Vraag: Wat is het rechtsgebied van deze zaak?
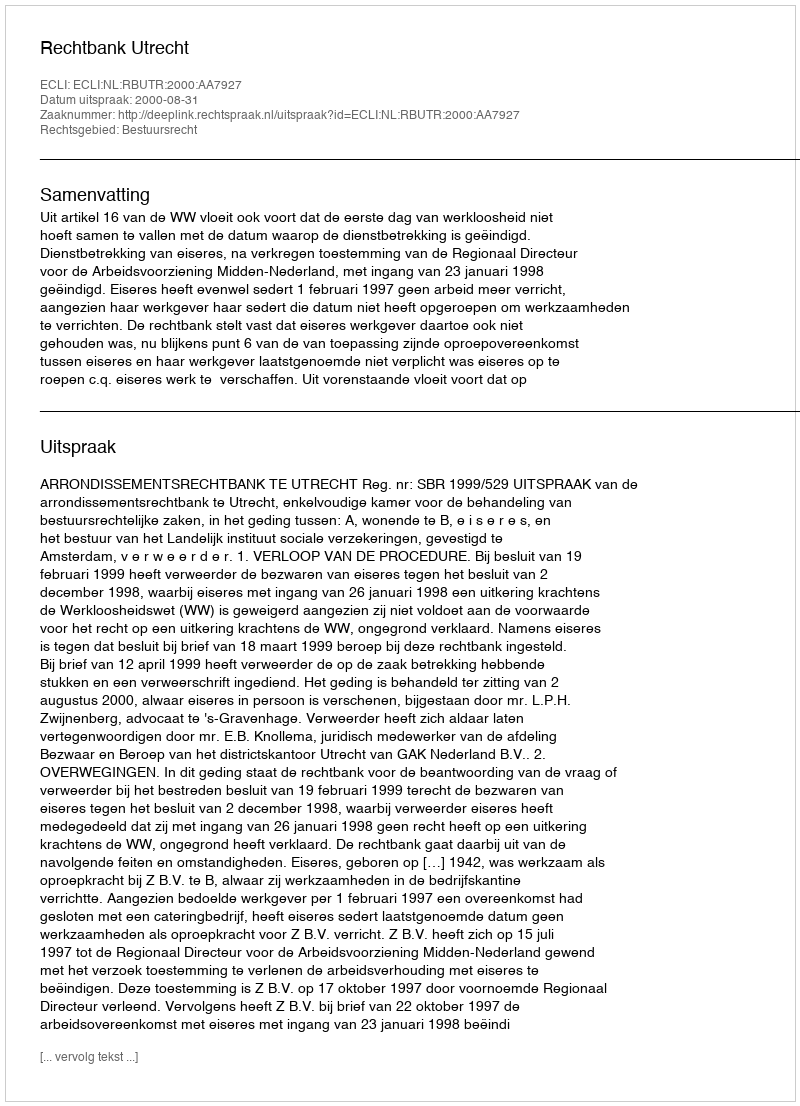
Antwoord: Bestuursrecht